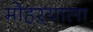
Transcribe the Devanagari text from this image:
मोहऱ्याला